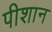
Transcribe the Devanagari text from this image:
पीशान